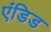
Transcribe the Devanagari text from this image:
एंडिड